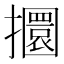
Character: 攌